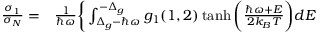
\begin{array} { r l } { \frac { \sigma _ { 1 } } { \sigma _ { N } } = } & { { } \frac { 1 } { \hbar \omega } \bigg \{ \int _ { \Delta _ { g } - \hbar \omega } ^ { - \Delta _ { g } } g _ { 1 } ( 1 , 2 ) \operatorname { t a n h } \bigg ( \frac { \hbar \omega + E } { 2 k _ { B } T } \bigg ) d E } \end{array}